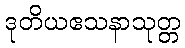
ဒုတိယဧသနာသုတ္တ